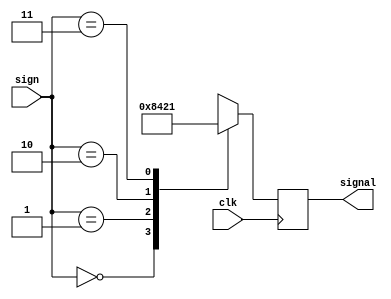
module stateMachine (clk, sign, signal);
  
  input [1:0] sign;
  input clk;
  output [3:0] signal;
  reg [3:0] signal;

  always @ (posedge clk)
    begin
      case(sign)
	2'b00:   signal = 4'b1000;
	2'b01:   signal = 4'b0100;
	2'b10:   signal = 4'b0010;
	2'b11:   signal = 4'b0001;
	default: signal = 4'b0000;
      endcase
    end

endmodule